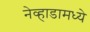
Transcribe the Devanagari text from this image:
नेव्हाडामध्ये